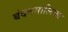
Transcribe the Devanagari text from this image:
बंदनमालिका